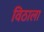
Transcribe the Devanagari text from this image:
विठाला